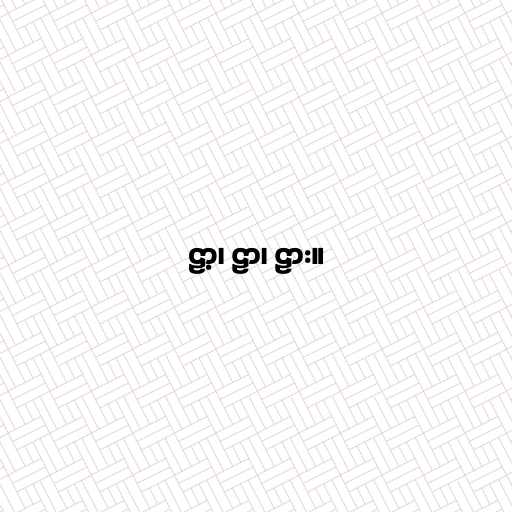
ဠာ့၊ ဠာ၊ ဠား။